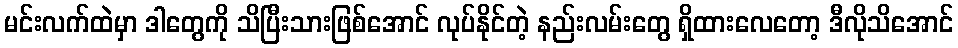
မင်းလက်ထဲမှာ ဒါတွေကို သိပြီးသားဖြစ်အောင် လုပ်နိုင်တဲ့ နည်းလမ်းတွေ ရှိထားလေတော့ ဒီလိုသိအောင်